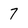
Character: 7